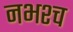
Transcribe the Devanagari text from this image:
नभश्च